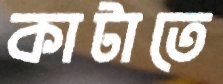
কাটাতে